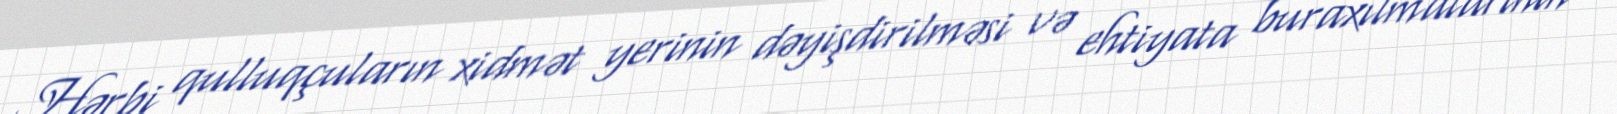
Hərbi qulluqçuların xidmət yerinin dəyişdirilməsi və ehtiyata buraxılmalarının